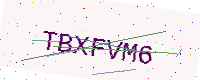
Text: TBXFVM6